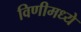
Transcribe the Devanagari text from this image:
विणीमध्ये